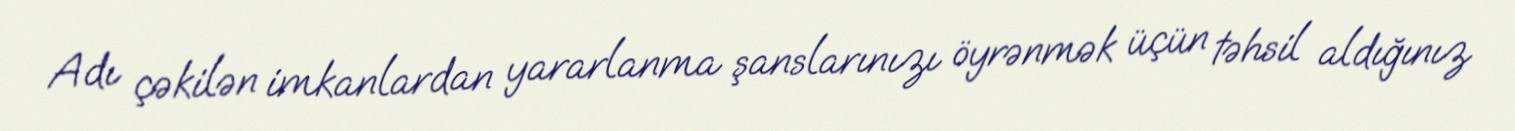
Adı çəkilən imkanlardan yararlanma şanslarınızı öyrənmək üçün təhsil aldığınız